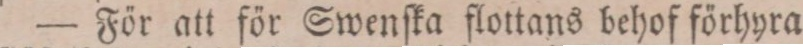
— För att för Swenſka flottans behof förhyra